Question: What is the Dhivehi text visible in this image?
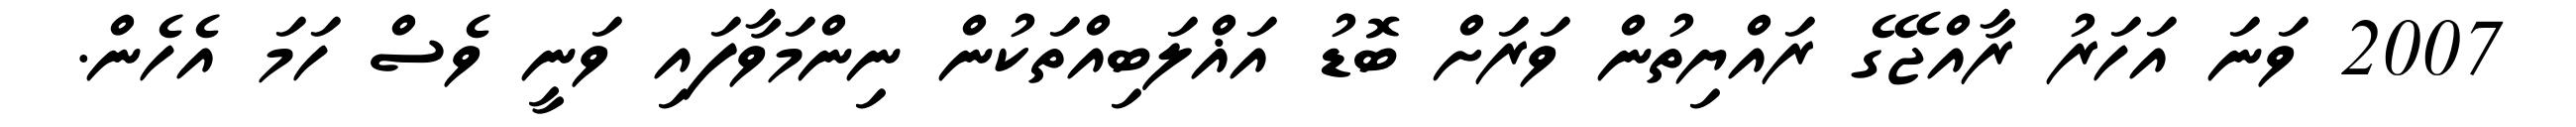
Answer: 2007 ވަނަ އަހަރު ރާއްޖޭގެ ރައްޔިތުން ވަރަށް ބޮޑު އަޣްލަބިއްތަކުން ނިންމަވާފައި ވަނީ ވެސް ހަމަ އެހެން.